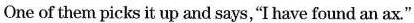
One of them picks it up and says,"I have found an ax."